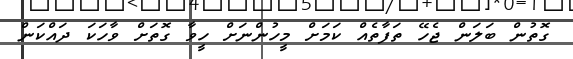
ގޮތުން ބަލަން ޖެހޭ ތަފާތެއް ކަމަށް މީހުންނަށް ހީވާ ގޮތަށް ވާހަކަ ދައްކަން